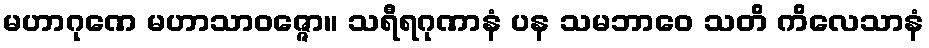
မဟာဂုဏေ မဟာသာဝဇ္ဇော။ သရီရဂုဏာနံ ပန သမဘာဝေ သတိ ကိလေသာနံ